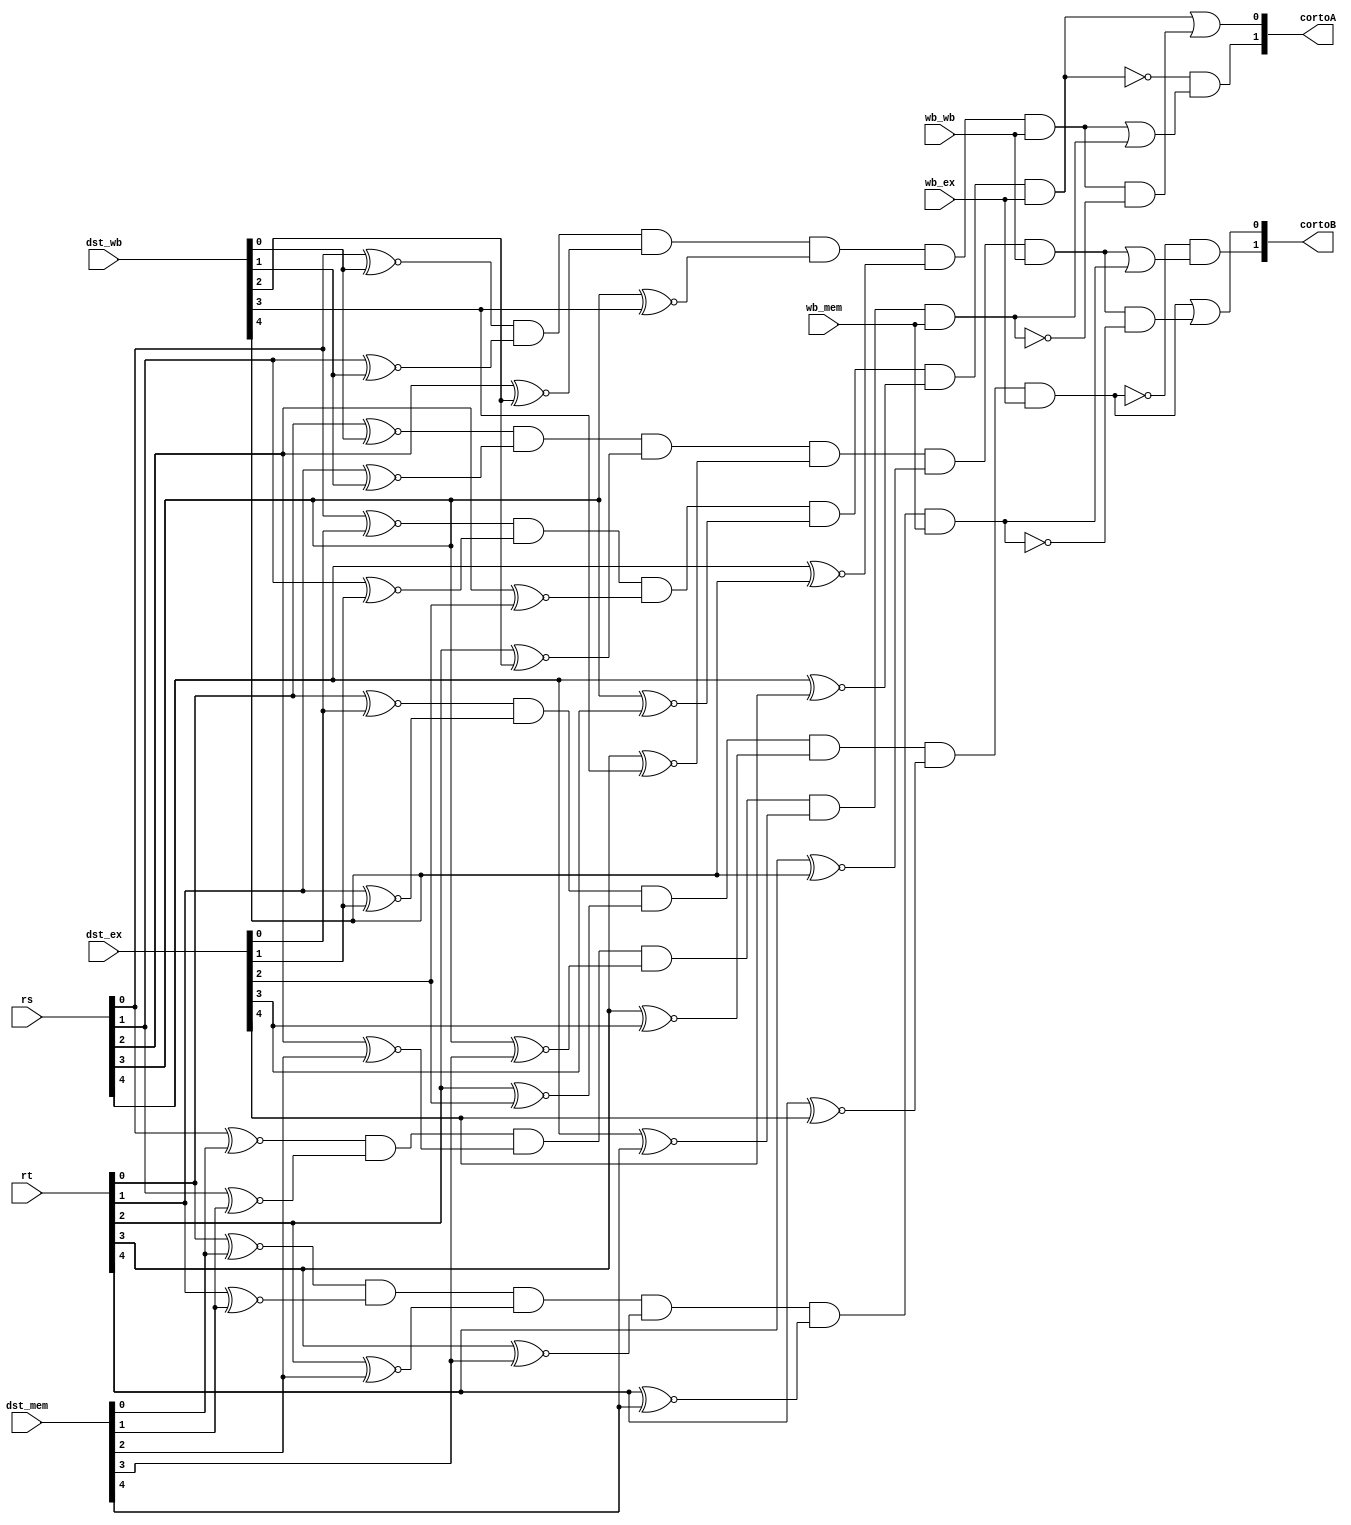
`timescale 1ns / 1ps

module forwarding(
    input [4:0] rs,
    input [4:0] rt,
	 input [4:0] dst_ex,
    input [4:0] dst_mem,
    input [4:0] dst_wb,
	 input wb_ex,
    input wb_mem,
    input wb_wb,
    output [1:0] cortoA,
    output [1:0] cortoB
    );

	// Los casos para corto:
	//					00 se elige el dato que viene del registro
	//					01 se elige el dato que viene de la etapa EX
	//					10 se elige el dato que viene de la etapa MEM
	//					11 se elige el dato que viene de la etapa WB

	wire x,y,z,i,j,k;

	assign x = ((rs[0]~^dst_ex[0]) & (rs[1]~^dst_ex[1]) & (rs[2]~^dst_ex[2]) & (rs[3]~^dst_ex[3]) & (rs[4]~^dst_ex[4])) & wb_ex;
	assign y = ((rs[0]~^dst_mem[0]) & (rs[1]~^dst_mem[1]) & (rs[2]~^dst_mem[2]) & (rs[3]~^dst_mem[3]) & (rs[4]~^dst_mem[4])) & wb_mem;
	assign z = ((rs[0]~^dst_wb[0]) & (rs[1]~^dst_wb[1]) & (rs[2]~^dst_wb[2]) & (rs[3]~^dst_wb[3]) & (rs[4]~^dst_wb[4])) & wb_wb;
	
	assign cortoA[0] = x | (z & ~y);
	assign cortoA[1] = ~x & (z | y);
	
	assign i = ((rt[0]~^dst_ex[0]) & (rt[1]~^dst_ex[1]) & (rt[2]~^dst_ex[2]) & (rt[3]~^dst_ex[3]) & (rt[4]~^dst_ex[4])) & wb_ex;
	assign j = ((rt[0]~^dst_mem[0]) & (rt[1]~^dst_mem[1]) & (rt[2]~^dst_mem[2]) & (rt[3]~^dst_mem[3]) & (rt[4]~^dst_mem[4])) & wb_mem;
	assign k = ((rt[0]~^dst_wb[0]) & (rt[1]~^dst_wb[1]) & (rt[2]~^dst_wb[2]) & (rt[3]~^dst_wb[3]) & (rt[4]~^dst_wb[4])) & wb_wb;

	assign cortoB[0] = i | (k & ~j);
	assign cortoB[1] = ~i & (k | j);
	
endmodule